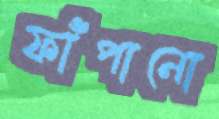
ফাঁপানো